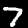
Digit: 7